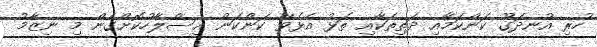
ހުރި އުނދަގޫ ކަންކަމާއި ދަތިތަކާއި ތަޅު އެޅެވޭ ކަންކަން އިސްލާހުކޮށްގެން މި ނިޒާމު